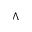
\Lambda